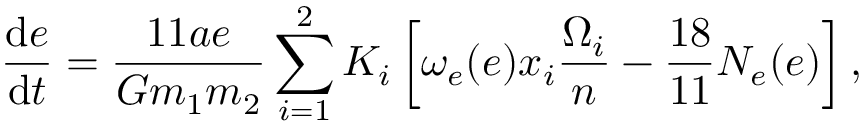
\frac { \mathrm { d } e } { \mathrm { d } t } = \frac { 1 1 a e } { G m _ { 1 } m _ { 2 } } \sum _ { i = 1 } ^ { 2 } K _ { i } \left[ \omega _ { e } ( e ) x _ { i } \frac { \Omega _ { i } } { n } - \frac { 1 8 } { 1 1 } N _ { e } ( e ) \right] ,